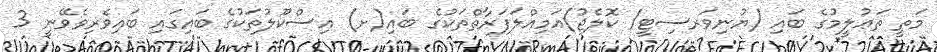
މަތީ ތަޢުލީމުގެ ބައި (ޔުނިވަރސިޓީ/ ކޮލެޖު)އަމިއްލަފަރާތްތަކުގެ ބައި(ށ) އިސްކޫލުތަކުގެ ބައިގައި ބައިވެރިވެވޭނީ 3